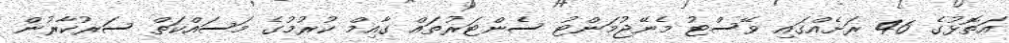
އަތޮޅުގެ 46 ރަށެއްގައި ވޭސްޓު މެނޭޖުމަންޓު ސެންޓަރުތައް ގާއިމް ކުރުމުގެ މަސައްކަތް ސަރުކާރުން